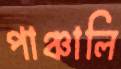
পাঞ্চালি